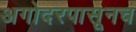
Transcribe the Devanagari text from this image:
अगोदरपासूनच